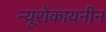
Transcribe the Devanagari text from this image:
न्यूरोकायनीन